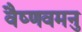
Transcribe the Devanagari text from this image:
वैष्णवमनु